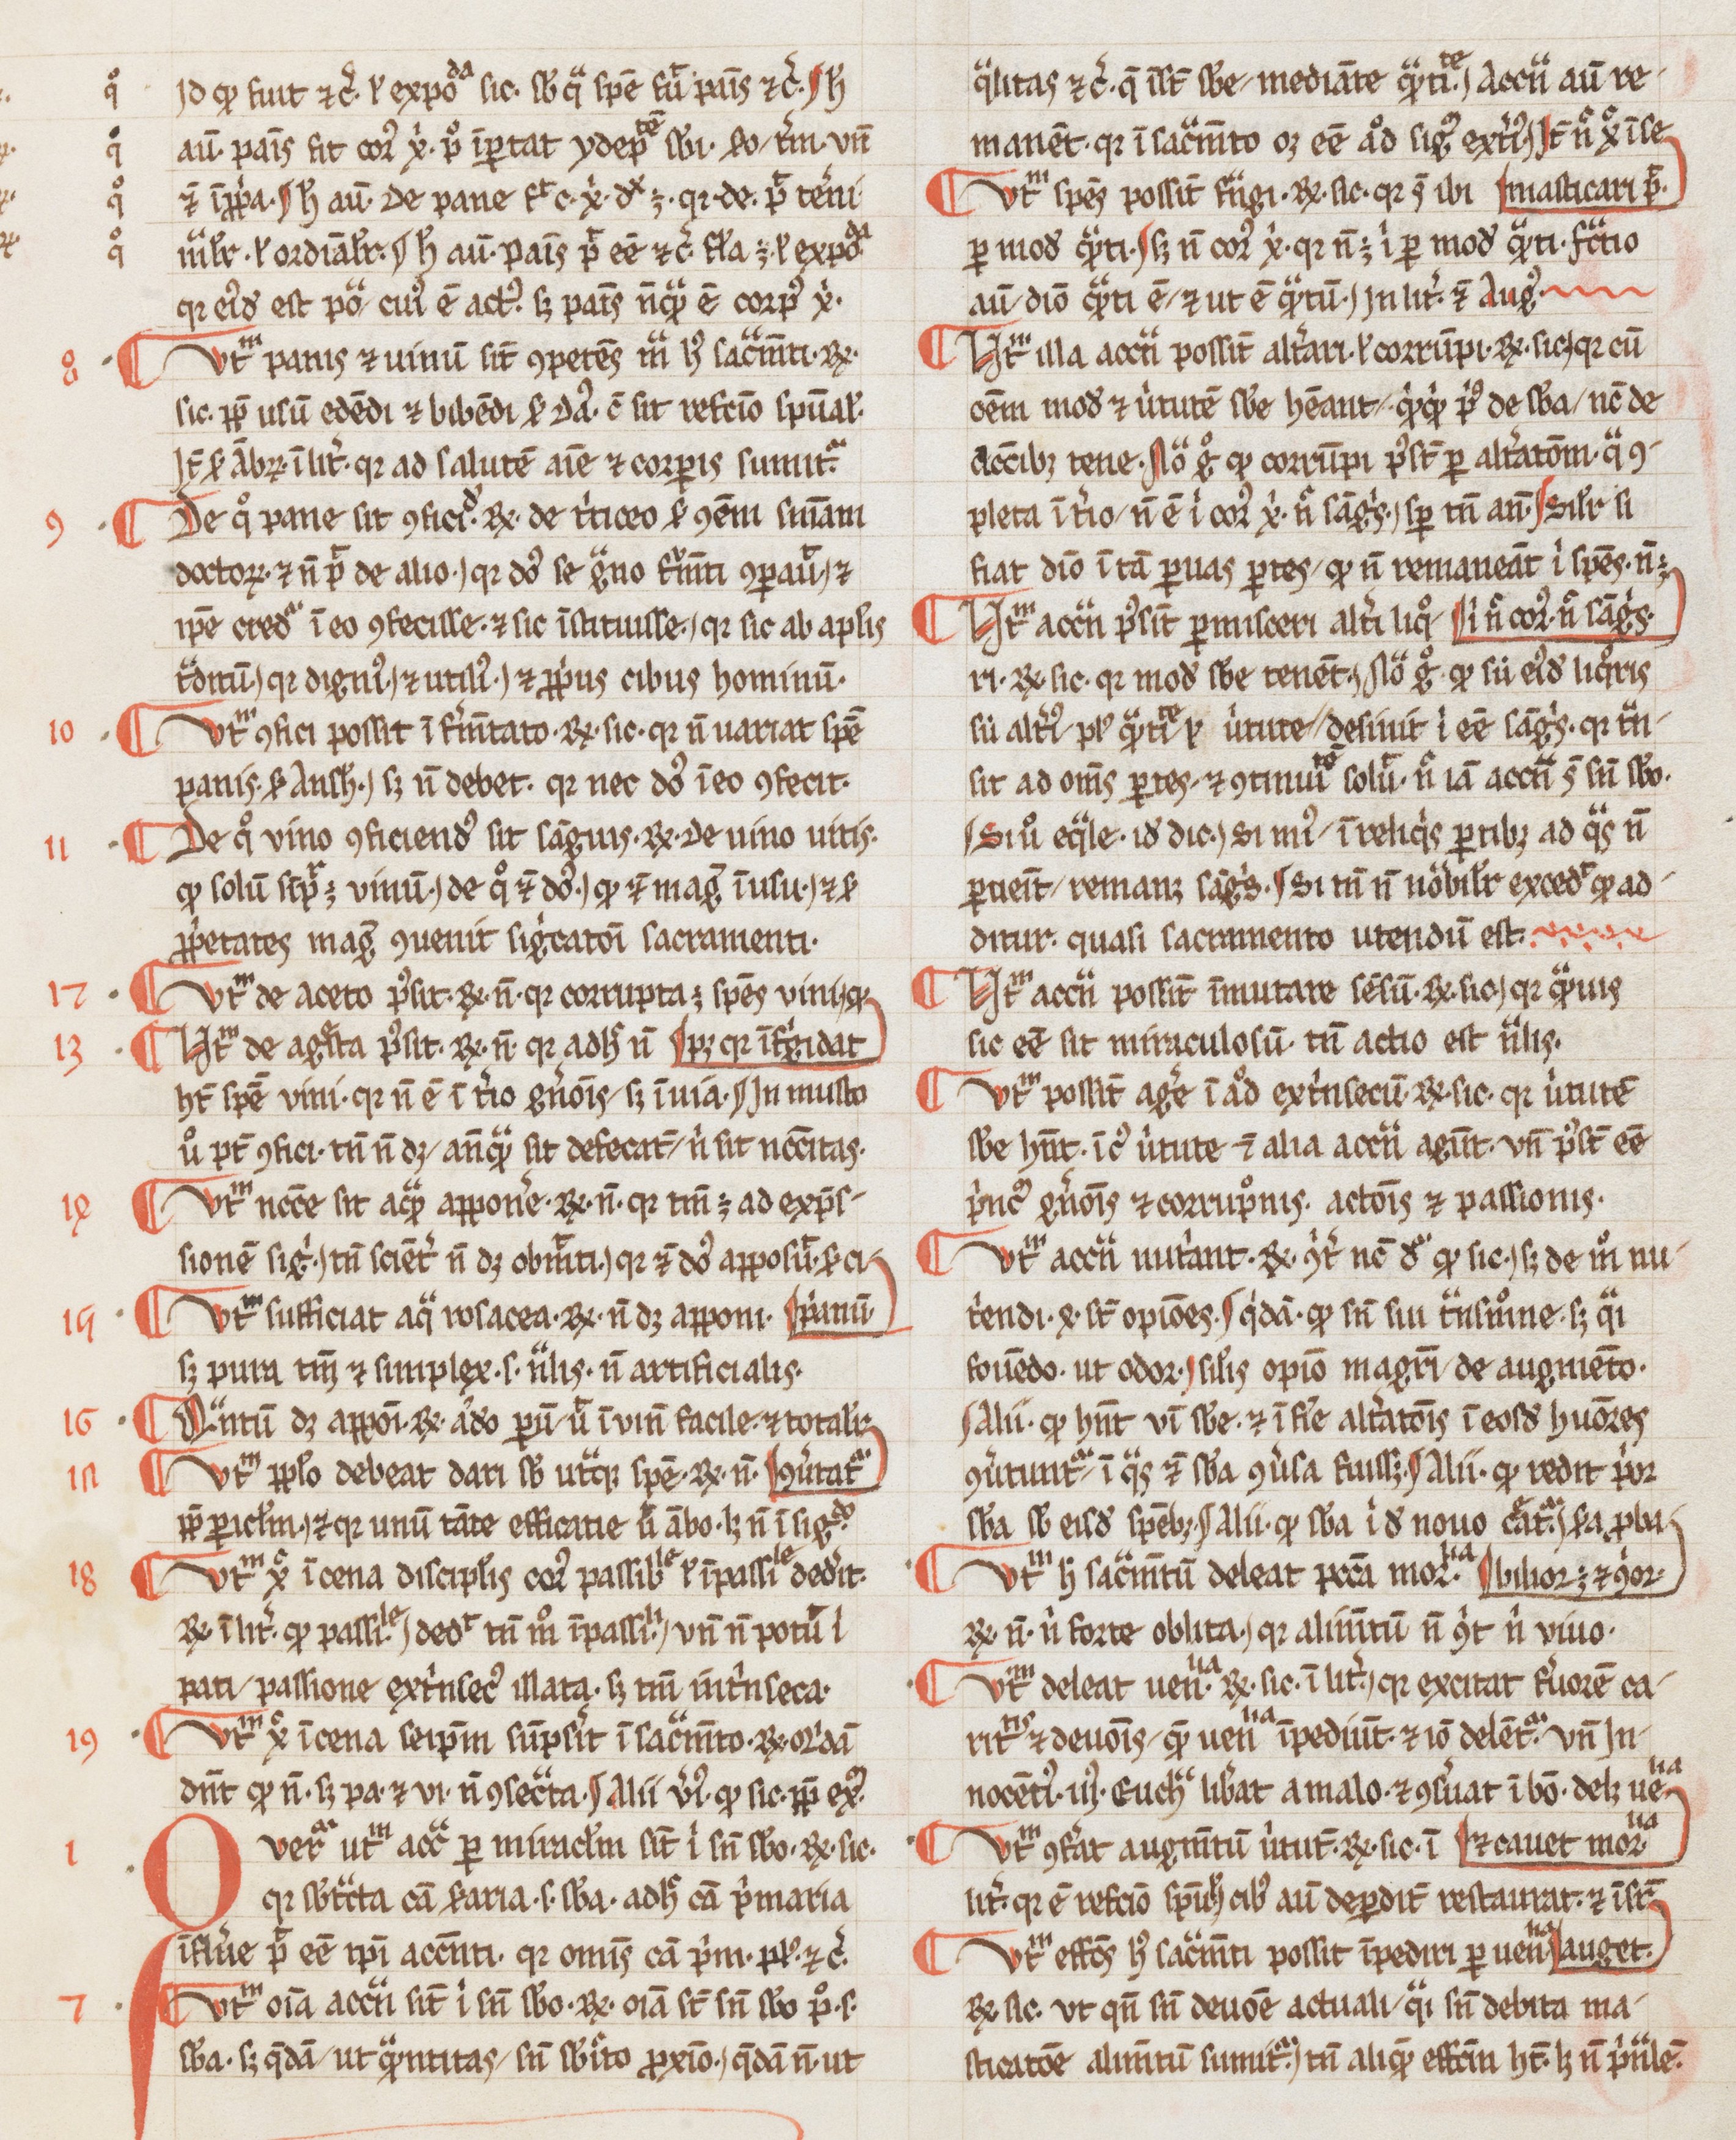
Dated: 1265–1285